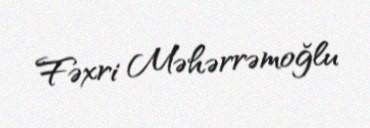
Fəxri Məhərrəmoğlu